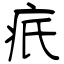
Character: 疧